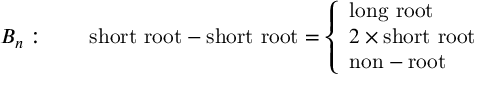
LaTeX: B _ { n } : \qquad \mathrm { s h o r t ~ r o o t } - \mathrm { s h o r t ~ r o o t } = \left\{ \begin{array} { l } { { \mathrm { l o n g ~ r o o t } } } \\ { { 2 \times \mathrm { s h o r t ~ r o o t } } } \\ { { \mathrm { n o n - r o o t } } } \end{array} \right.